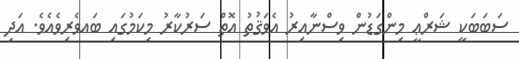
ސަބަބަކީ ޝަރްޢީ މިންގަޑުން ވިސްނާއިރު އެވަޤުތު އޮތް ސަރުކާރު މިކަމުގައި ބައވެރިވެއެވެ. އަދި